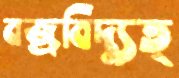
বজ্রবিদ্যুত্